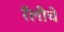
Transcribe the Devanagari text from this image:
रॅलीचे